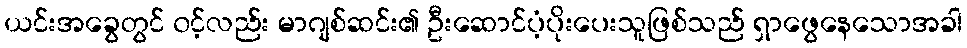
ယင်းအခွေတွင် ၀င့်လည်း မာဂျစ်ဆင်း၏ ဦးဆောင်ပံ့ပိုးပေးသူဖြစ်သည် ရှာဖွေနေသောအခါ